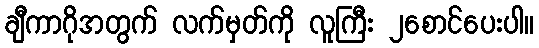
ချီကာဂိုအတွက် လက်မှတ်ကို လူကြီး ၂စောင်ပေးပါ။